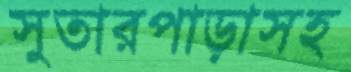
সুতারপাড়াসহ